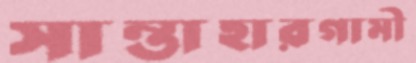
সান্তাহারগামী